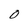
Character: 0